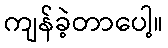
ကျန်ခဲ့တာပေါ့။